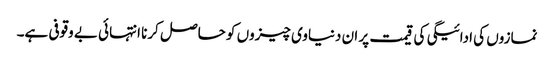
نمازوں کی ادائیگی کی قیمت پر ان دنیاوی چیزوں کو حاصل کرنا انتہائی بے وقوفی ہے۔